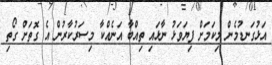
އަޅުގަނޑުމެން މިކަމަށް ފިޔަވަޅު ނާޅައި ތިއްބާ އަނެއްކާ މިސަރުކާރުން އެ ގޮތަށް ގޯތި